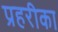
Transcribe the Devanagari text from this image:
प्रहरीका